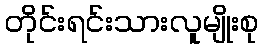
တိုင်းရင်းသားလူမျိုးစု